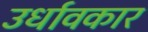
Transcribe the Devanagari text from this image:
उर्धावकार